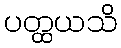
ပတ္ထယသိ